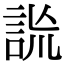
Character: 詤